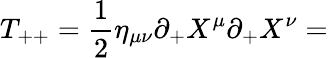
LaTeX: T_{++}=\frac{1}{2}\eta_{\mu\nu}\partial_{+}X^{\mu}\partial_{+}X^{\nu}=